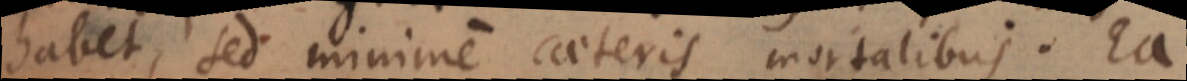
habet, sed minime caeteris mortalibus. Ea